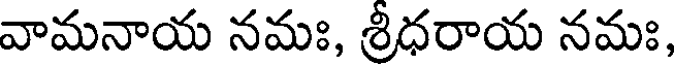
వామనాయ నమః, శ్రీధరాయ నమః,